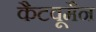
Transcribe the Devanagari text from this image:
कैटवूमैन